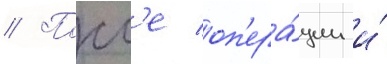
// Посл'е оп'ера́ции и́